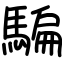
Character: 騙